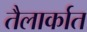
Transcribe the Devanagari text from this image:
तैलार्कात